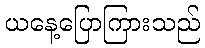
ယနေ့ပြောကြားသည်